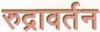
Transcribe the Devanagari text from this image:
रुद्रावर्तन